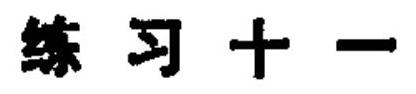
练习十一